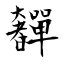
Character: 奲